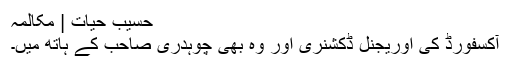
حسیب حیات | مکالمہ
آکسفورڈ کی اوریجنل ڈکشنری اور وہ بھی چوہدری صاحب کے ہاتھ میں۔